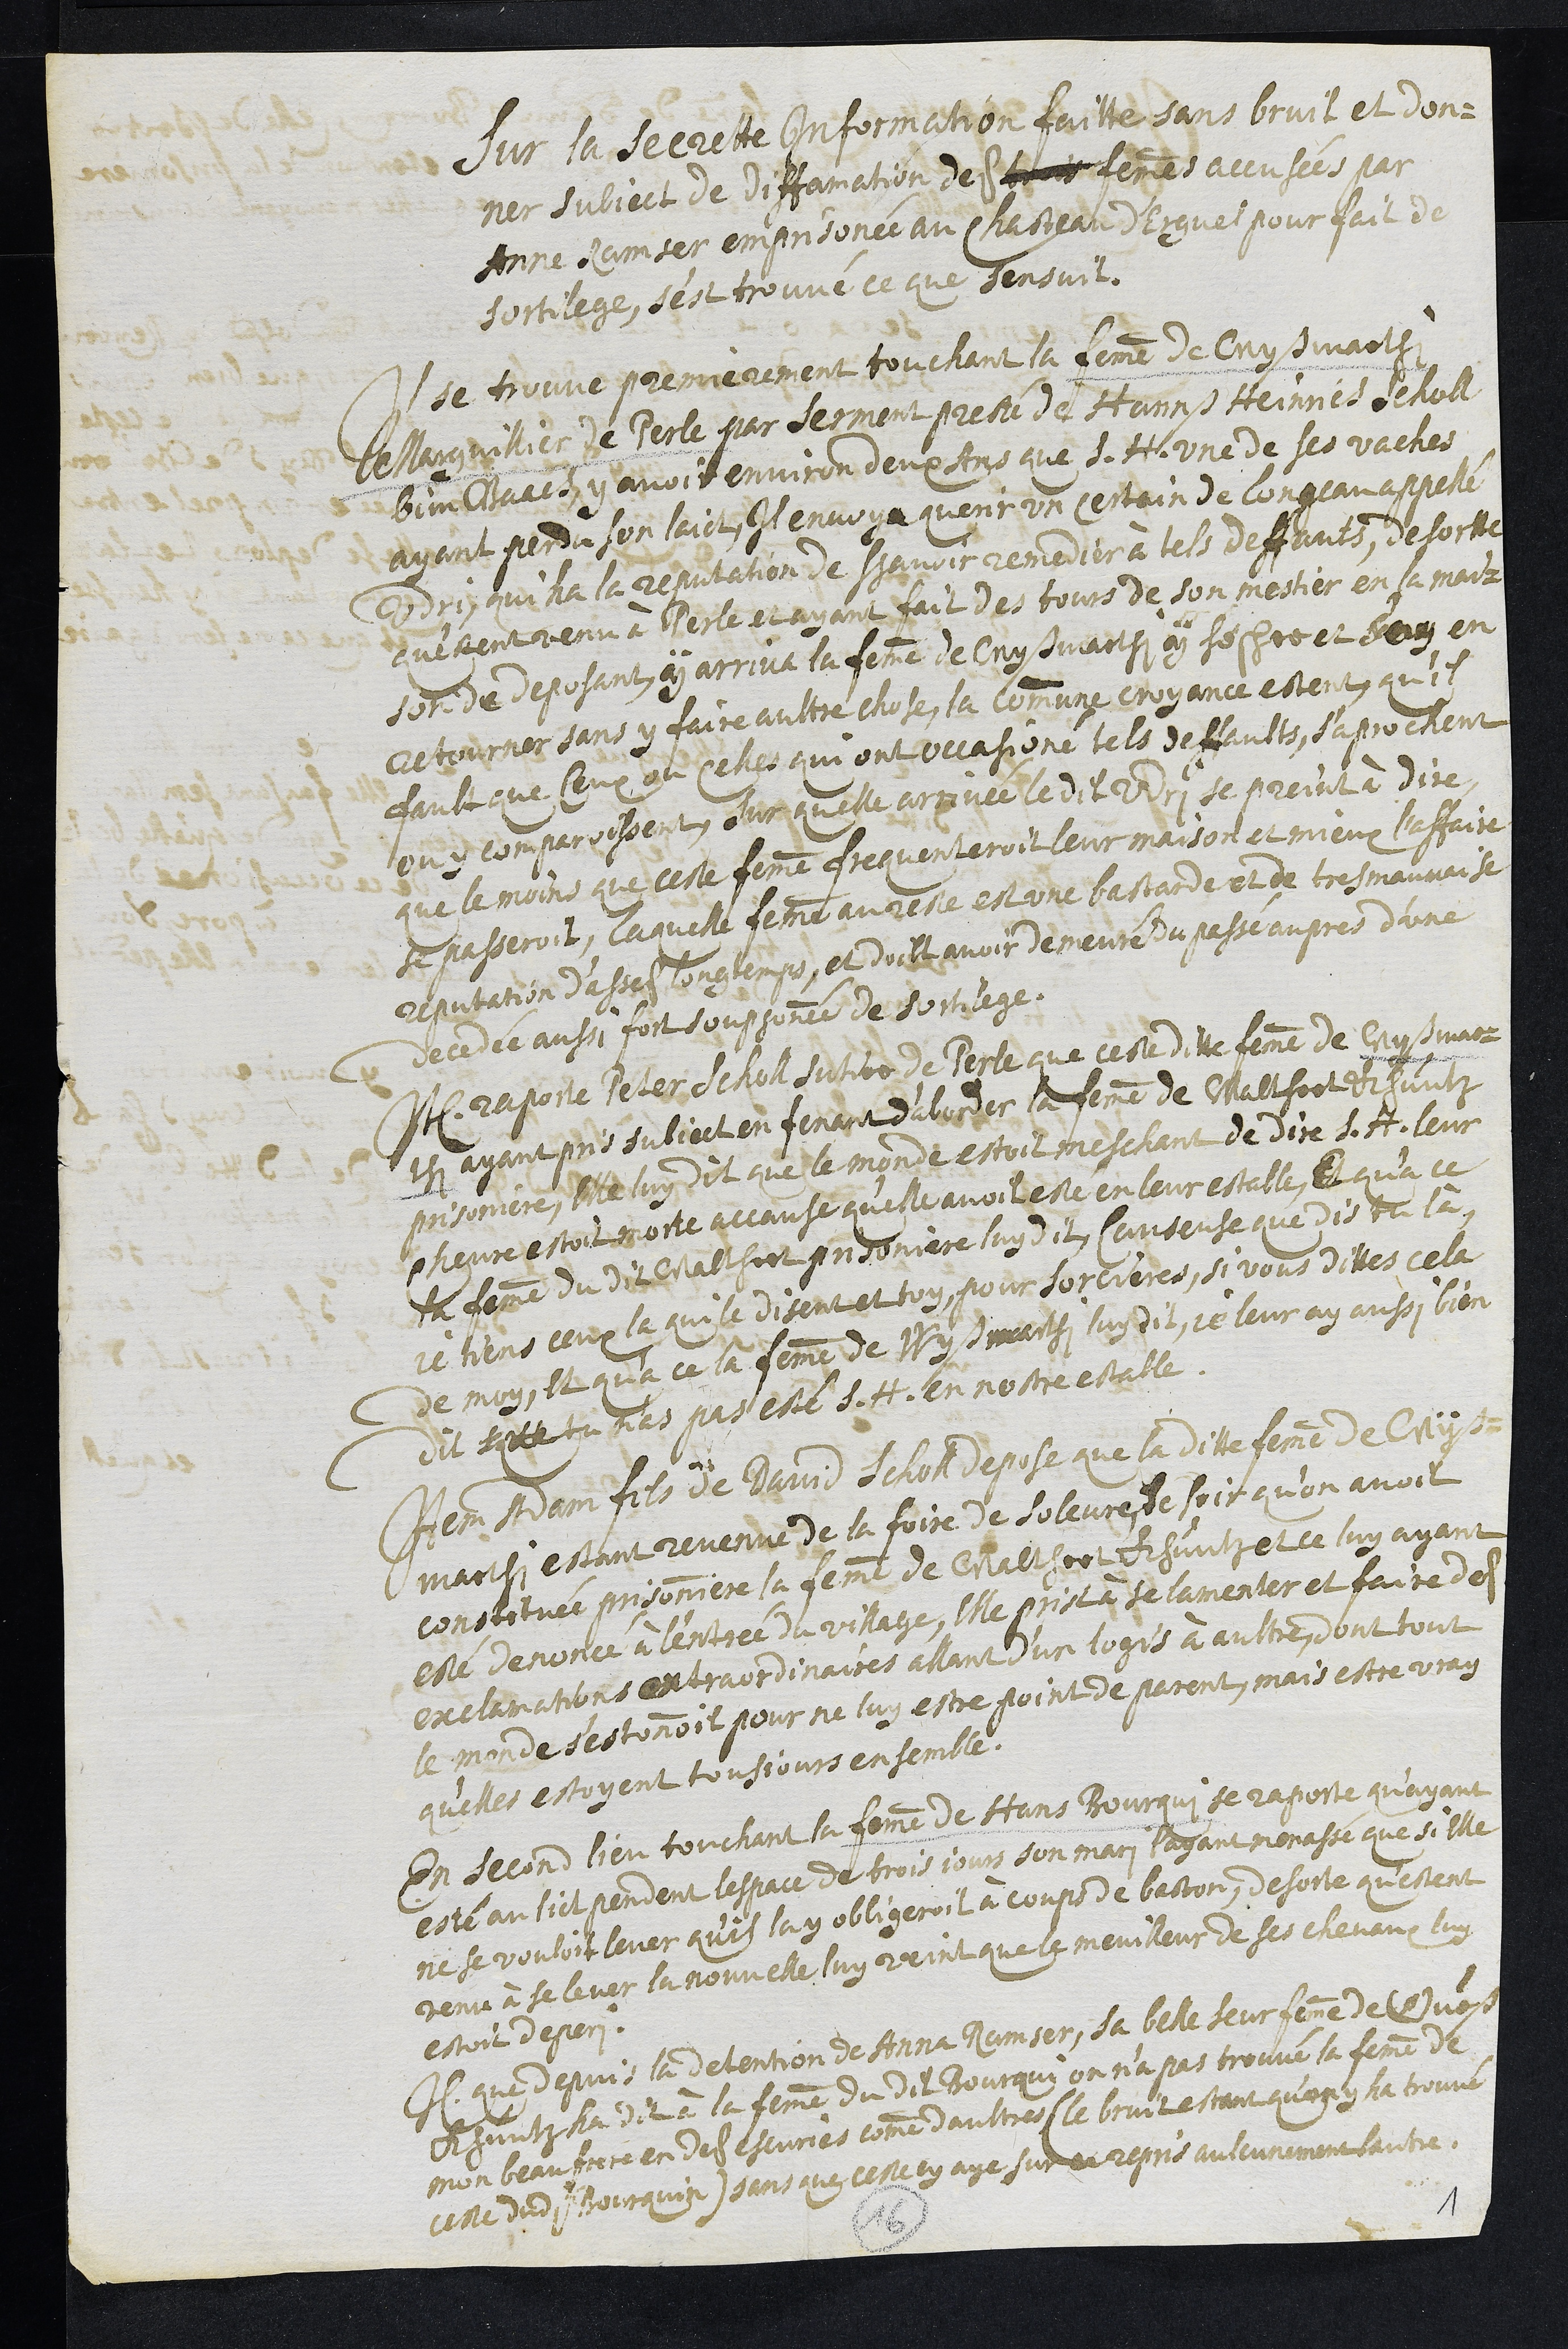
Sur la secrette Information faitte sans bruit et don¬
ner subject de diffamation des trois femmes accusées par
Anne Ramser emprisonnée au chasteau d'Erguel pour fait de
sortilege, s’est trouvé ce que sensuit.
Il se trouve premierement touchant la femme de Wyß Marthi
Marguillier de Perle par serment presté de Hannß Heinnes Scholl
bim bach, y avoir environ deux ans que S. H. une de ses vaches
ayant perdu son laict, il envoya querir un certain de Longeau appellé
Udri, qui ha la reputation de savoir remedier a tels deffauts, de sortte
qu'estant venu à Perle et ayant fait des tours de son mestier en sa mai¬
son de deposant y arriva la femme de Wyß Marthi y sescher et soy en
retourner sans y faire aultre chose, la commune croyance estant qu'il
faut que Ceux ou celles qui ont occasioné tels deffaults, s’aprochent
ou comparoissent, sur quelle arrivée ledit Udri se print à dire,
que le moins que ceste femme frequenteroit leur maison et mieux l’affaire
se passeroit, laquelle femme au reste est une bastarde et de tres mauvaise
reputation d'asses longtemps, et doibt avoir demeuré du passé aupres d’une
decedée aussi fort soupçonnée de sortilege.
Item raporte Peter Scholl sutier de Perle que ceste ditte femme de Wyß Mar¬
thi ayant pris subject en fenant d'aborder la femme de Walthert Khuntz
prisoniere, Elle luy dit que le monde estoit meschant de dire S. H. leur
Chevre estoit morte accause qu'elle avoit esté en leur estable, Et qu'a ce
la femme dudit Walthert prisoniere luy dit, Causeuse que dis tu là,
je tiens ceux la qui le disent et toy pour sorcieres, si vous dittes cela
de moy, Et qu'a ce la femme de Wyß Marthi luy dit, je leur ay aussi bien
dit que tu n'as pas esté S. H. en nostre estable.
Item Adam fils de David Scholl depose que la ditte femme de Wyß
Marthi estant revenue de la foire de Soleure, le soir qu'on avoit
constituée prisonniere la femme de Walthert Khuntz et ce luy ayant
esté denoncé à l'entrée du village, Elle prist à se lamenter et faire des
exclamations extraordinaires, allant d’un logis à aultre, dont tout
le monde s'estonnoit pour ne luy estre point de parent, mais estre vray
qu'elles estoyent tousjours ensemble.
En second lieu touchant la femme de Hans Bourqui se raporte qu'ayant
esté au lict pendant lespace de trois jours son mari l'ayant menassé que si elle
ne se vouloit lever qu'il luy obligeroit à coup de baston, de sorte qu'estant
venu à se lever la nouvelle luy veint que meilleur de ses chevaux luy
estoit deperi.
Item que depuis la detention de Anna Ramser, sa belle seur femme de Turß
Khuntz ha dit à la femme du dit Bourqui on n'a pas trouvé la femme de
mon beau frere en des escuries comme daultres (le bruit estant qu'on y ha trouvé
celle dudit Bourquin) sans que celle cy aye sur ce repris aulcunement lautre.
16
1